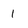
Character: 1